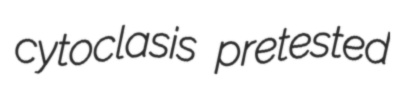
cytoclasis pretested